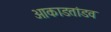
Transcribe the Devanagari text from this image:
आकाडतांडव